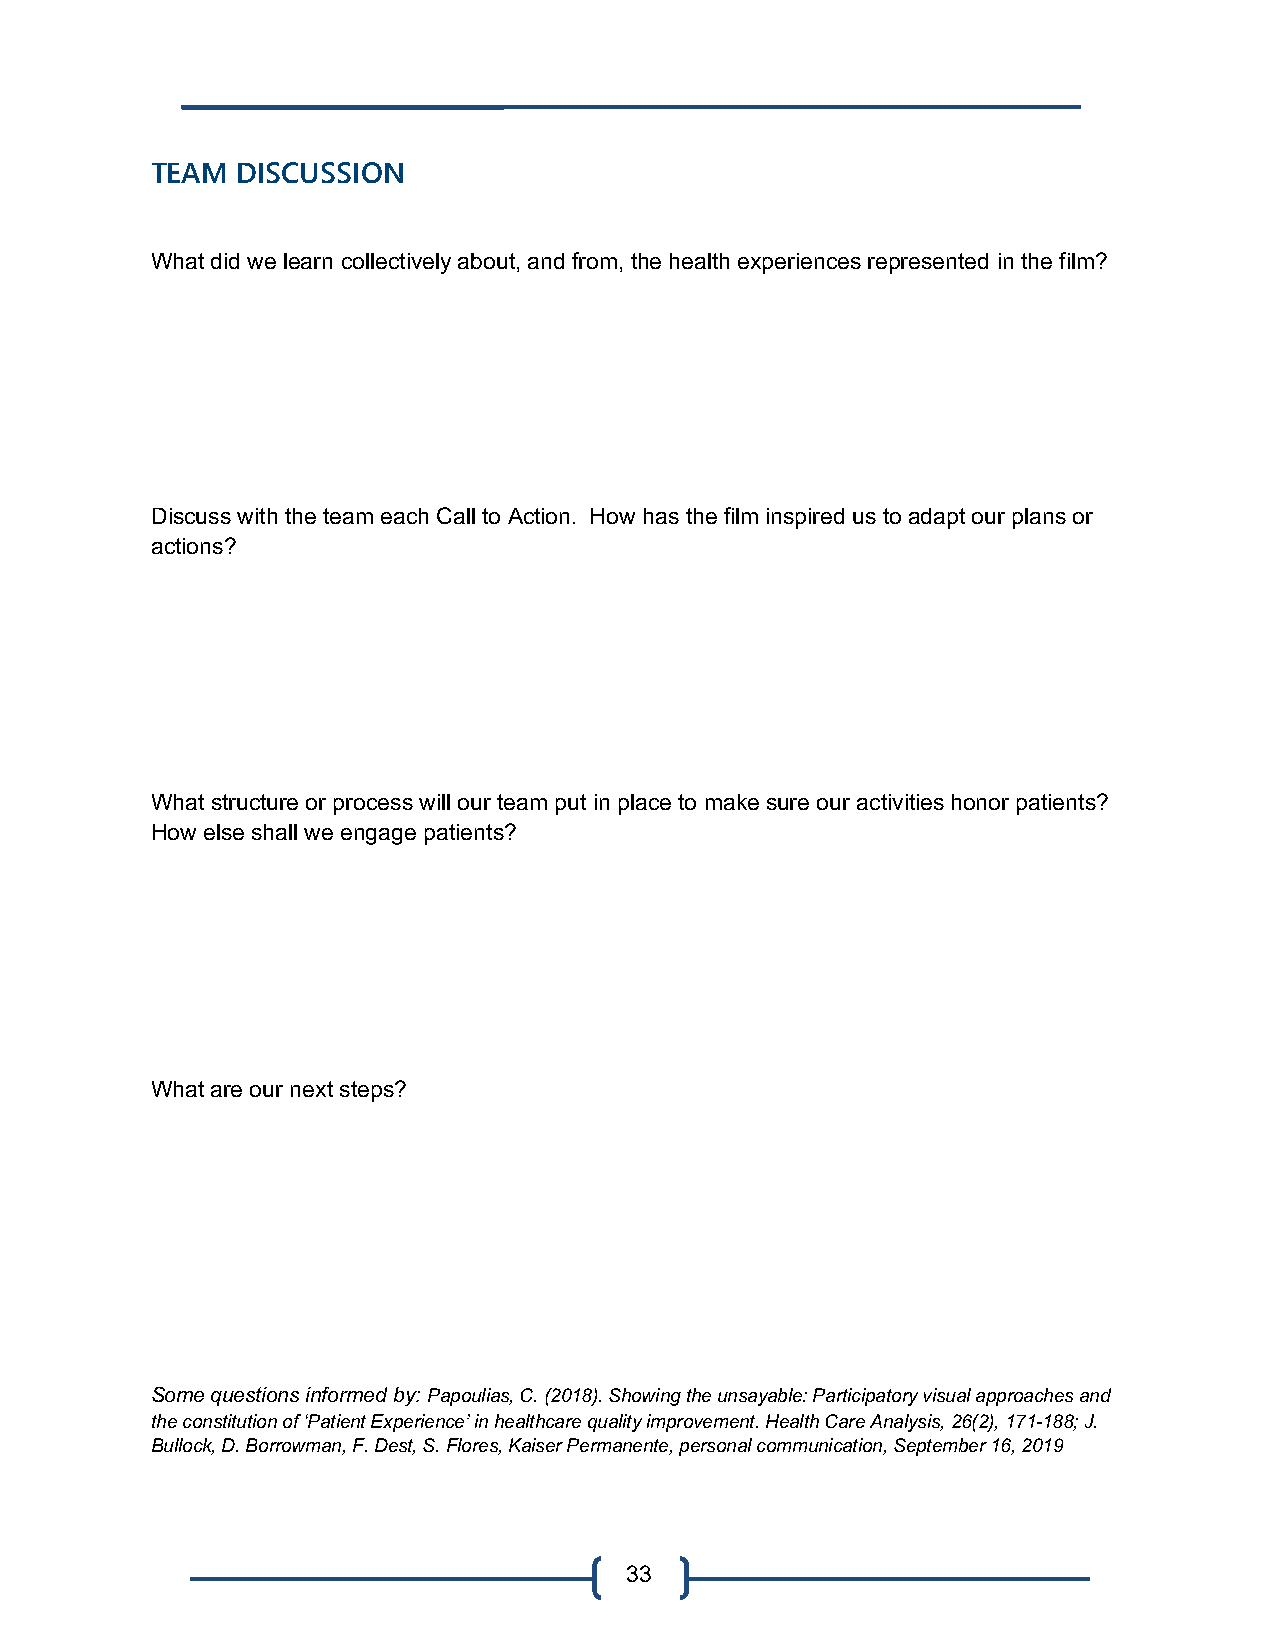
TEAM  DISCUSSION
 What did we learn collectively about, and from, the health experiences represented in the film?
 Discuss with the team each Call to Action. How has the film inspired us to adapt our plans or
 actions?
 What structure or process will our team put in place to make sure our activities honor patients?
 How else shall we engage patients?
 What are our next steps?
 Some questions informed by: Papoulias, C. (2018). Showing the unsayable: Participatory visual approaches and
 the constitution of ‘Patient Experience’ in healthcare quality improvement. Health Care Analysis, 26(2), 171-188; J.
 Bullock, D. Borrowman, F. Dest, S. Flores, Kaiser Permanente, personal communication, September 16, 2019
 33